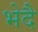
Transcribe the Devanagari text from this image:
भेदै